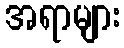
အရာများ